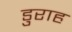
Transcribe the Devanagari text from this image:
डुराह